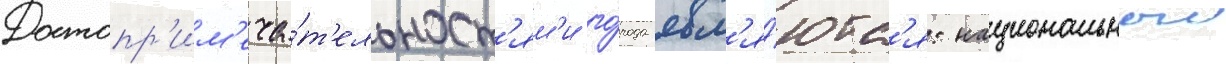
Достопр'им'еча́т'ельност'ям'и го́рода явл'я́ютс'я: национальныи